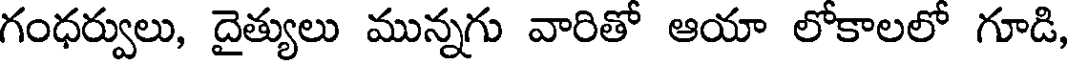
గంధర్వులు, దైత్యులు మున్నగు వారితో ఆయా లోకాలలో గూడి,